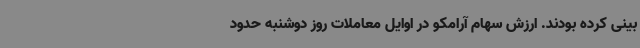
بینی کرده بودند. ارزش سهام آرامکو در اوایل معاملات روز دوشنبه حدود